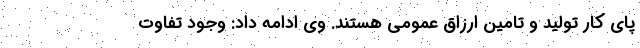
پای کار تولید و تامین ارزاق عمومی هستند. وی ادامه داد: وجود تفاوت